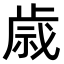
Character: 𫞓